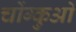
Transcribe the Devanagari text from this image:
चोंग्कुओ